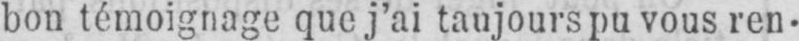
bon témoignage que j’ai taujours pu vous ren-